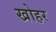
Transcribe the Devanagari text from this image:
खोहर